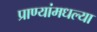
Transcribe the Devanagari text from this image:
प्राण्यांमधल्या